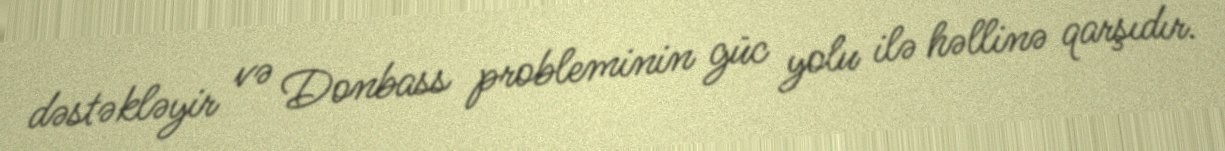
dəstəkləyir və Donbass probleminin güc yolu ilə həllinə qarşıdır.